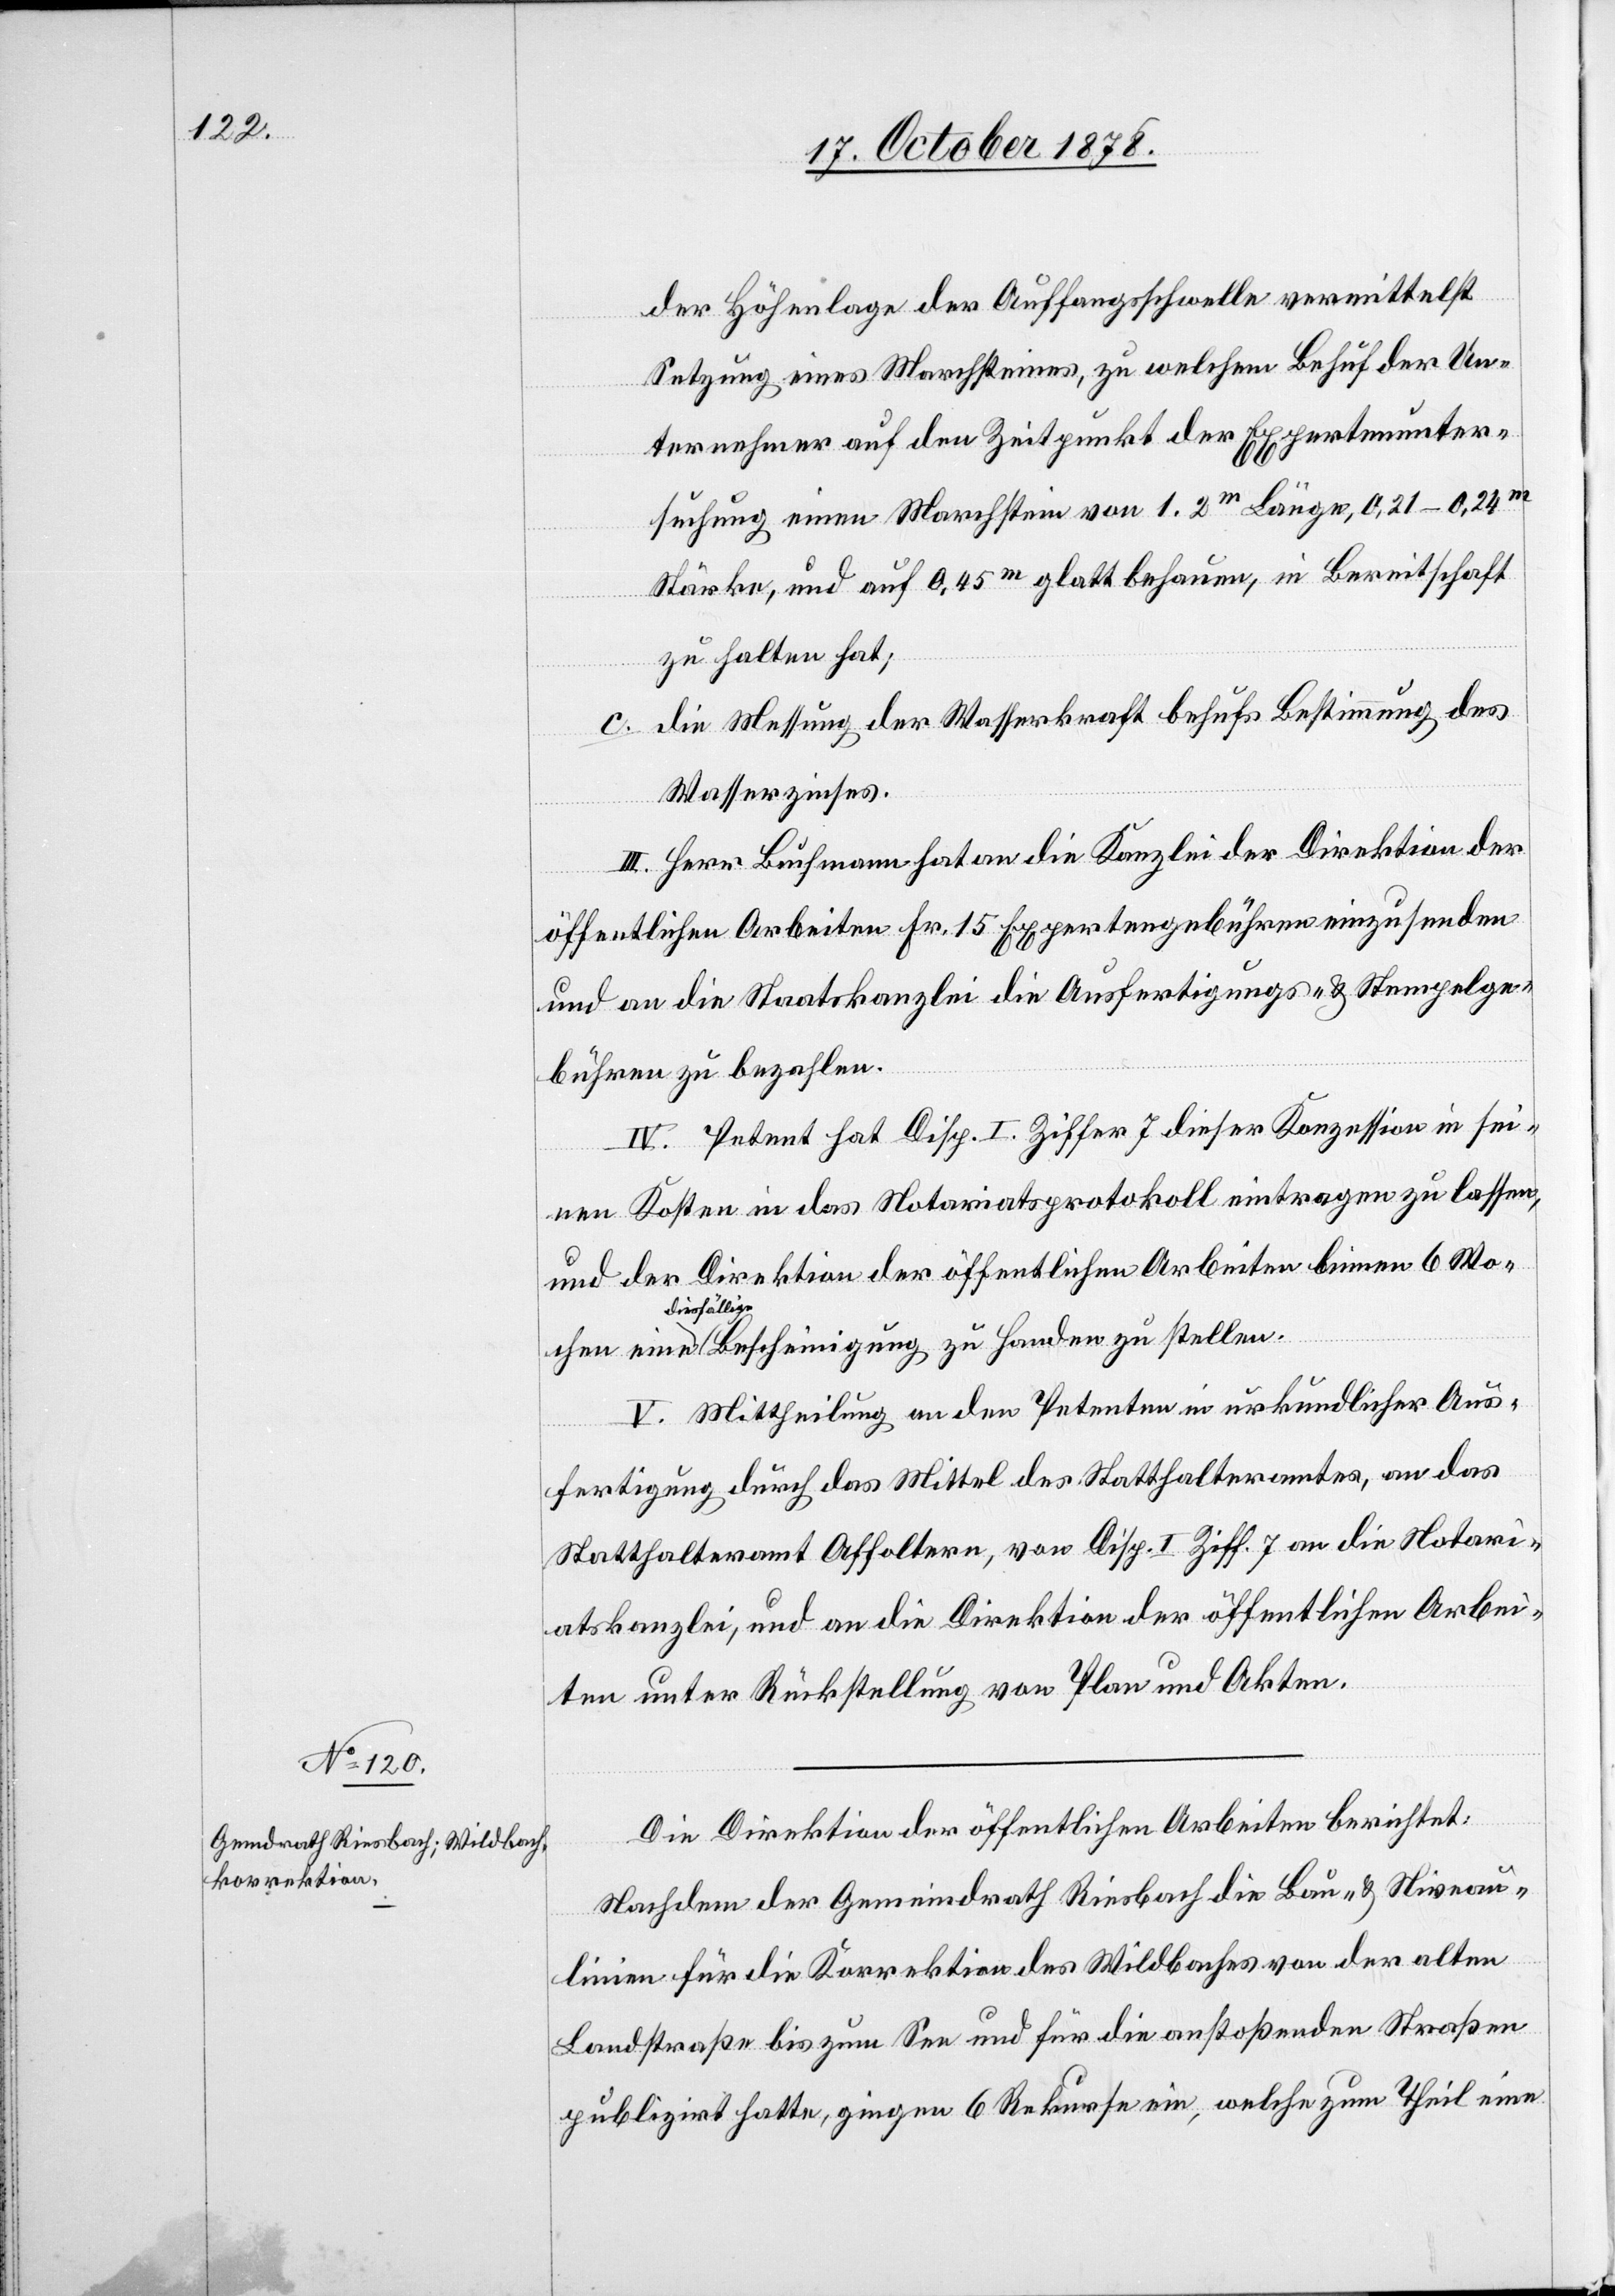
der Höhenlage der Auffangsschwelle vermittelst
Setzung eines Marchsteines, zu welchem Behuf der Un¬
ternehmer auf den Zeitpunkt der Expertenunter¬
suchung einen Marchstein von 1.2m Länge, 0,21–0,24m
Stärke, und auf 0.45m glatt behauen, in Bereitschaft
zu halten hat;
die Messung der Wasserkraft behufs Bestimmung des
Wasserzinses.
III. Herr Buchmann hat an die Kanzlei der Direktion der
öffentlichen Arbeiten Fr. 15 Expertengebühren einzusenden
chen
und an die Staatskanzlei die Ausfertigungs- & Stempelge¬
bühren zu bezahlen.
IV. Petent hat Disp. I. Ziffer 7 dieser Konzession in sei¬
nen Kosten in das Notariatsprotokoll eintragen zu lassen,
und der Direktion der öffentlichen Arbeiten binnen 6 Wo¬
diesfällige
V. Mittheilung an den Petenten in urkundlicher Aus¬
fertigung durch das Mittel des Statthalteramtes, an das
Statthalteramt Affoltern, von Disp. I Ziff. 7 an die Notari¬
atskanzlei, und an die Direktion der öffentlichen Arbei¬
ten unter Rückstellung von Plan und Akten.
Die Direktion der öffentlichen Arbeiten berichtet:
Nachdem der Gemeindrath Riesbach die Bau- & Niveau¬
linien für die Korrektion des Wildbaches von der alten
Landstraße bis zum See und für die anstoßenden Straßen
publizirt hatte, gingen 6 Rekurse ein, welche zum Theil eine